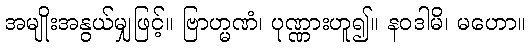
အမျိုးအနွယ်မျှဖြင့်။ ဗြာဟ္မဏံ၊ ပုဏ္ဏားဟူ၍။ နဝဒါမိ၊ မဟော။